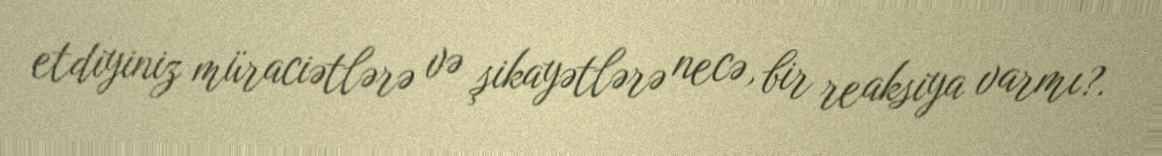
etdiyiniz müraciətlərə və şikayətlərə necə, bir reaksiya varmı?.